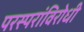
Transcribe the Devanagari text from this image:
परस्परांविरोधी